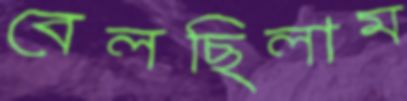
বেলছিলাম